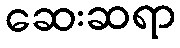
ဆေးဆရာ